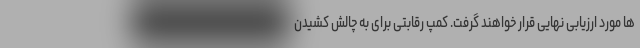
ها مورد ارزیابی نهایی قرار خواهند گرفت. کمپ رقابتی برای به چالش کشیدن